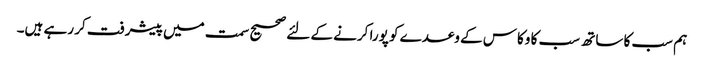
ہم سب کا ساتھ سب کا وکاس کے وعدے کو پورا کرنے کے لئے صحیح سمت میں پیشرفت کر رہے ہیں۔